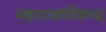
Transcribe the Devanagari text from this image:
महाराजांविरुध्द